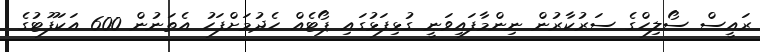
ރައީސް ސޯލިހްގެ ސަރުކާރުން ނިންމާފައިވަނީ ގުޅިފަޅުގައި ޕޯޓެއް ހެދުމަށްފަހު އެތަނުން 600 އަކަފޫޓުގެ